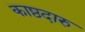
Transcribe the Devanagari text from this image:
काष्ठदारु